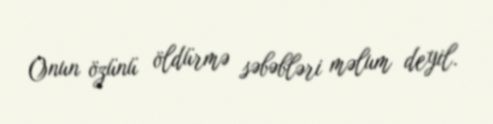
Onun özünü öldürmə səbəbləri məlum deyil.